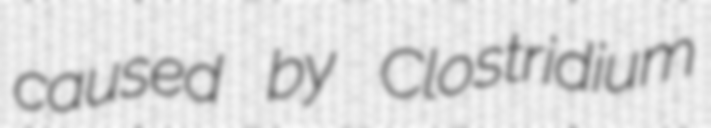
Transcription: caused by Clostridium